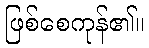
ဖြစ်စေကုန်၏။